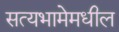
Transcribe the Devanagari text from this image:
सत्यभामेमधील